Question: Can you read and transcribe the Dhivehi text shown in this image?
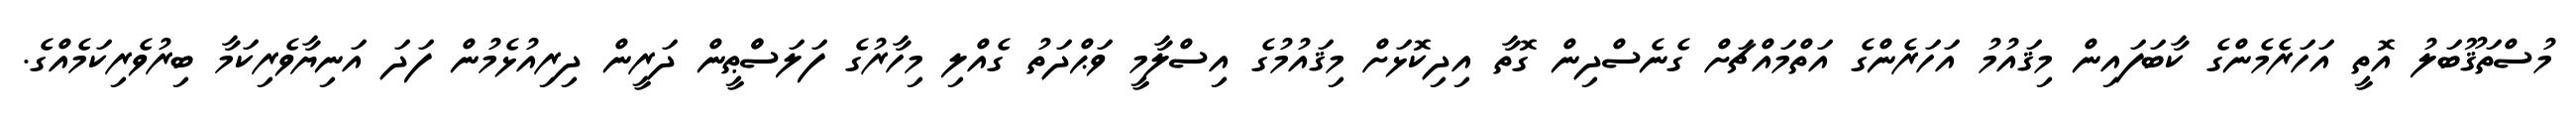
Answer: މުސްތަޤޫބަލު އޮތީ އަހަރެމެންގެ ކާބަފައިން މިޤައުމު އަހަރެންގެ އަތްމައްޗަށް ގެނެސްދިން ގޮތާ އިދިކޮޅަށް މިޤައުމުގެ އިސްލާމީ ވަޙްދަތު ގެއްލި މިހާރުގެ ފަލަސްްޠީން ދަރީން ދިރިއުޅެމުން ފަދަ އަނިޔާވެރިކަމާ ބިރުވެރިކަމެއްގެ.